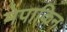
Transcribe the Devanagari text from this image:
मेपाकिन